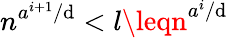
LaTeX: n^{a^{i+1}/\mathrm{d}}<l\leqn^{a^{i}/\mathrm{d}}